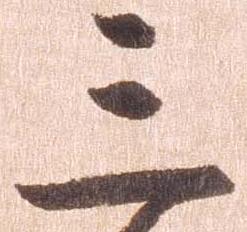
三